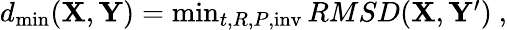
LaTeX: \begin{array}{r}{d_{\mathrm{\operatorname*{min}}}(\mathbf{X},\mathbf{Y})=\operatorname*{min}_{t,R,P,\mathrm{inv}}RMSD(\mathbf{X},\mathbf{Y^{\prime}})\ ,}\end{array}